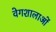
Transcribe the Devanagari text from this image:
वेगशालाओं